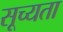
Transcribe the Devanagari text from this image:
सूच्यता